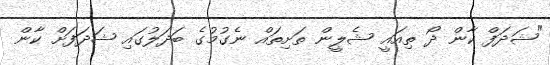
"ޝަދަފް ކާން ދޯ ތިއައީ ޝެލީން ތަށިތައް ނެގުމުގެ ބަދަލުގައި ޝަދަފަށް ކާން